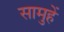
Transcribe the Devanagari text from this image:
सामुहें